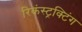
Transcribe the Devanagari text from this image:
रिकंस्ट्रक्टिंग